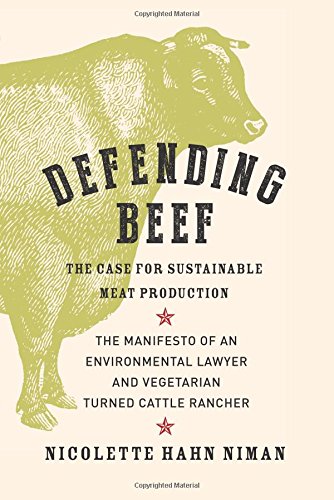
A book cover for Defending Beef: The Case for Sustainable Meat Production; Nicolette Hahn Niman; Science & Math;